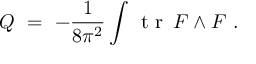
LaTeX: Q \ = \ - \frac { 1 } { 8 \pi ^ { 2 } } \int \! \; \textrm { t r } \, F \wedge F \ .